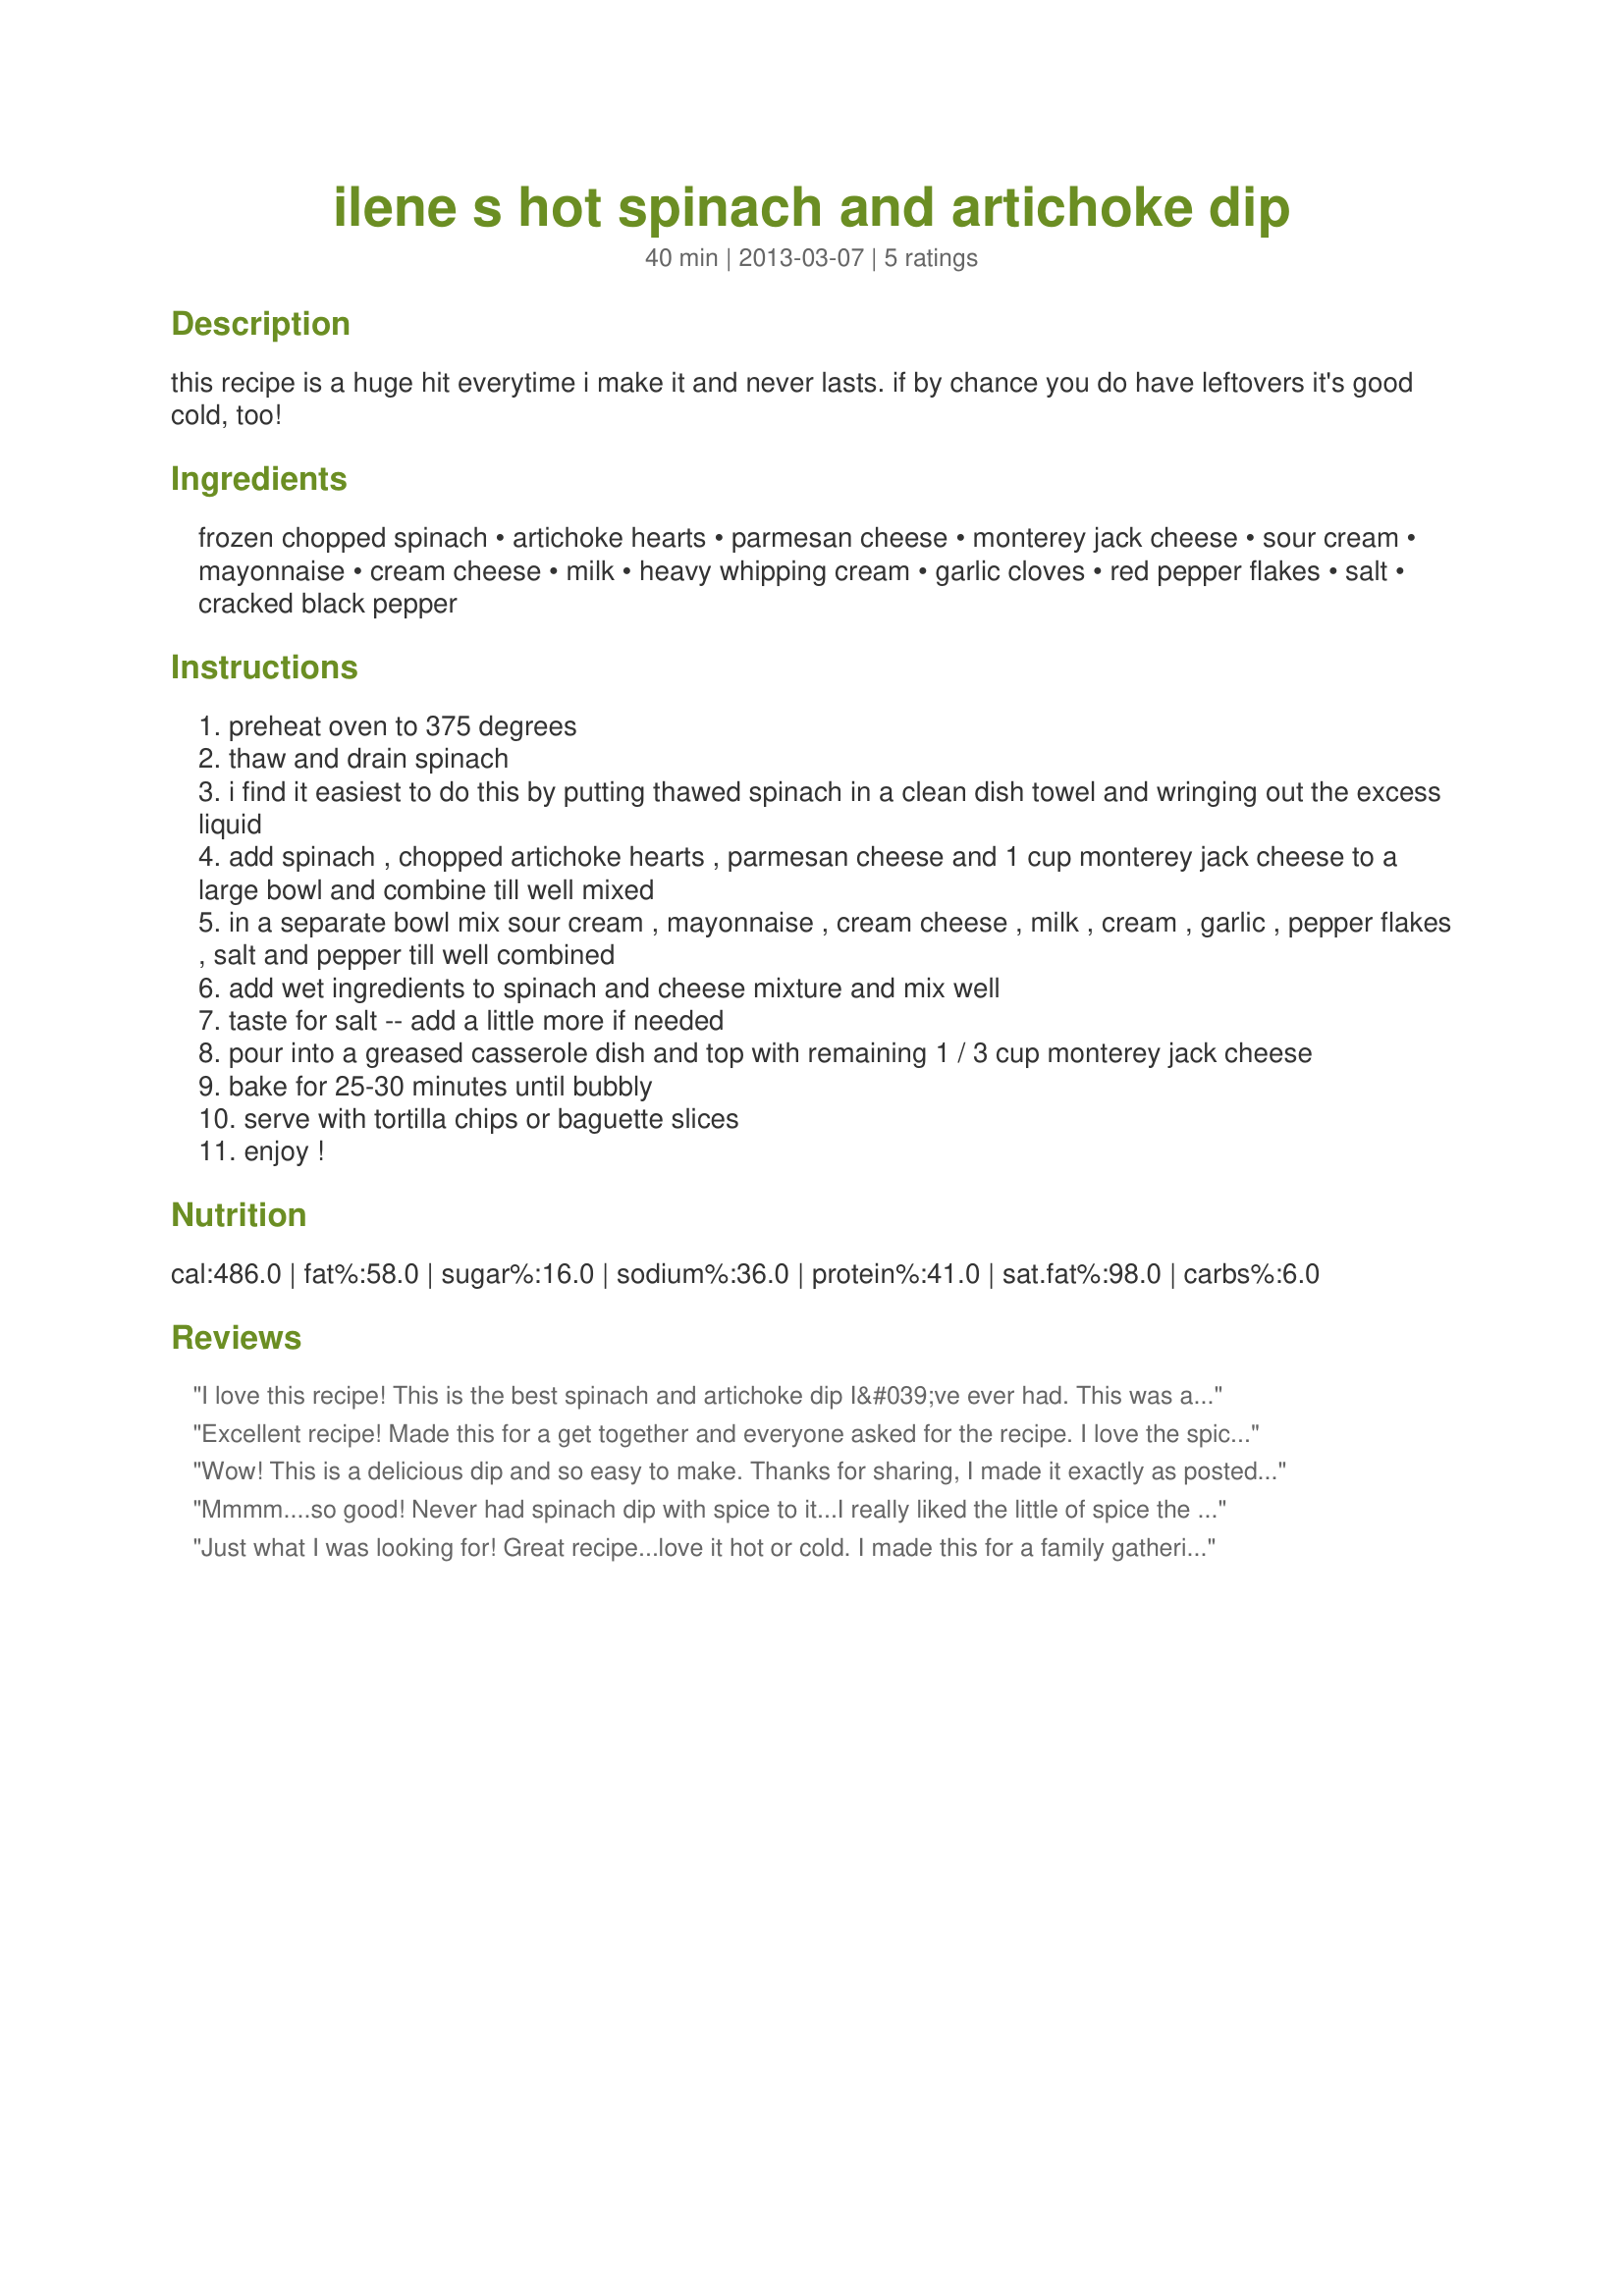
ilene s hot spinach and artichoke dip
Preparation time: 40 minutes

this recipe is a huge hit everytime i make it and never lasts. if by chance you do have leftovers it's good cold, too!

Ingredients:
frozen chopped spinach, artichoke hearts, parmesan cheese, monterey jack cheese, sour cream, mayonnaise, cream cheese, milk, heavy whipping cream, garlic cloves, red pepper flakes, salt, cracked black pepper

Steps:
preheat oven to 375 degrees
thaw and drain spinach
i find it easiest to do this by putting thawed spinach in a clean dish towel and wringing out the excess liquid
add spinach , chopped artichoke hearts , parmesan cheese and 1 cup monterey jack cheese to a large bowl and combine till well mixed
in a separate bowl mix sour cream , mayonnaise , cream cheese , milk , cream , garlic , pepper flakes , salt and pepper till well combined
add wet ingredients to spinach and cheese mixture and mix well
taste for salt -- add a little more if needed
pour into a greased casserole dish and top with remaining 1 / 3 cup monterey jack cheese
bake for 25-30 minutes until bubbly
serve with tortilla chips or baguette slices
enjoy !

Reviews:
I love this recipe! This is the best spinach and artichoke dip I&#039;ve ever had. This was always my go to appetizer at restaurants but now I can&#039;t order it anymore...nothing compares to this recipe. I&#039;ve made this several times and everyone asks for the recipe. I didn&#039;t need to make any changes, very good as is. It&#039;s good cold too. Thanks for the recipe!
Excellent recipe! Made this for a get together and everyone asked for the recipe. I love the spicy kick the red pepper flakes add and garlic makes everything better. Wouldn&#039;t change a thing. This recipe is a keeper!
Wow! This is a delicious dip and so easy to make. Thanks for sharing, I made it exactly as posted, it needs no tweaking! Definitely a favorite at my holiday party.
Mmmm....so good! Never had spinach dip with spice to it...I really liked the little of spice the pepper flakes added to this. I used the full amount of pepper flakes and it wasn&#039;t overly spicy at all but if you don&#039;t care for that then add a little less....I wouldn&#039;t omit it though because in my opinion that&#039;s what makes it so good. Can&#039;t wait to make it again for company!
Just what I was looking for! Great recipe...love it hot or cold. I made this for a family gathering and I got rave reviews. Who wants to order this out when it&#039;s so much better made at home? Will for sure be making this again and again. Thanks for the recipe.
